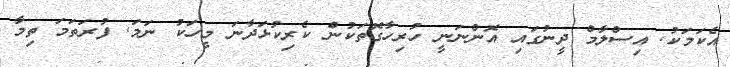
އެކަމަކު